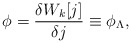
\begin{align*}\phi=\frac{\delta W_k[j]}{\delta j} \equiv \phi_\Lambda, \end{align*}